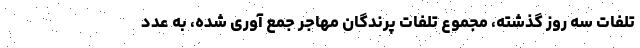
تلفات سه روز گذشته، مجموع تلفات پرندگان مهاجر جمع آوری شده، به عدد